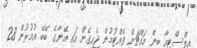
އިލްސްޓިއާ ބިން މައްޗަށް ވެއްޓުމުން ޖެހިގެން އައި އޭނާގެ ބޭބޭ އުމުރުން 28